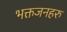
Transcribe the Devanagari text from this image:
भक्तजनहरु